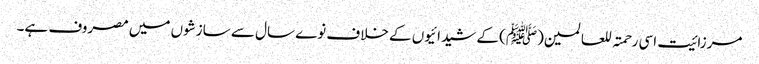
مرزائیت اسی رحمتہ للعالمین(ﷺ) کے شیدائیوں کے خلاف نوے سال سے سازشوں میں مصروف ہے۔